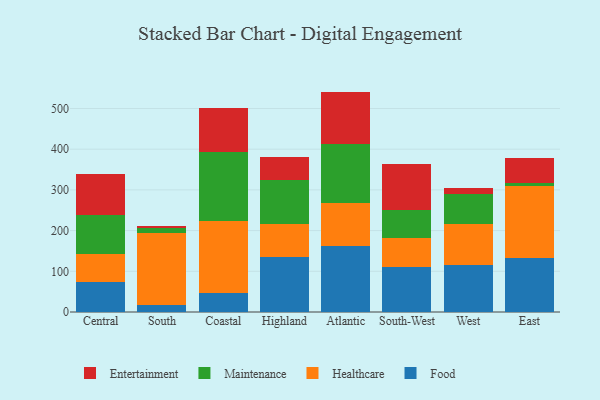
{"axis": {"x": "Region", "y": "Backlog"}, "legend": ["Entertainment", "Food", "Healthcare", "Maintenance"], "data": [{"x": "Central", "y": 74.8, "type": "Food"}, {"x": "Central", "y": 68.1, "type": "Healthcare"}, {"x": "Central", "y": 96.5, "type": "Maintenance"}, {"x": "Central", "y": 99.5, "type": "Entertainment"}, {"x": "South", "y": 18.1, "type": "Food"}, {"x": "South", "y": 175.2, "type": "Healthcare"}, {"x": "South", "y": 12.9, "type": "Maintenance"}, {"x": "South", "y": 6.3, "type": "Entertainment"}, {"x": "Coastal", "y": 46.3, "type": "Food"}, {"x": "Coastal", "y": 176.9, "type": "Healthcare"}, {"x": "Coastal", "y": 170.5, "type": "Maintenance"}, {"x": "Coastal", "y": 106.6, "type": "Entertainment"}, {"x": "Highland", "y": 134.3, "type": "Food"}, {"x": "Highland", "y": 81.0, "type": "Healthcare"}, {"x": "Highland", "y": 108.5, "type": "Maintenance"}, {"x": "Highland", "y": 56.3, "type": "Entertainment"}, {"x": "Atlantic", "y": 162.7, "type": "Food"}, {"x": "Atlantic", "y": 105.3, "type": "Healthcare"}, {"x": "Atlantic", "y": 144.9, "type": "Maintenance"}, {"x": "Atlantic", "y": 128.6, "type": "Entertainment"}, {"x": "South-West", "y": 111.4, "type": "Food"}, {"x": "South-West", "y": 70.9, "type": "Healthcare"}, {"x": "South-West", "y": 69.5, "type": "Maintenance"}, {"x": "South-West", "y": 111.4, "type": "Entertainment"}, {"x": "West", "y": 116.7, "type": "Food"}, {"x": "West", "y": 99.9, "type": "Healthcare"}, {"x": "West", "y": 73.7, "type": "Maintenance"}, {"x": "West", "y": 15.2, "type": "Entertainment"}, {"x": "East", "y": 132.4, "type": "Food"}, {"x": "East", "y": 176.3, "type": "Healthcare"}, {"x": "East", "y": 7.6, "type": "Maintenance"}, {"x": "East", "y": 63.0, "type": "Entertainment"}]}